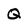
Character: Q